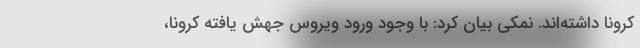
کرونا داشته‌اند. نمکی بیان کرد: با وجود ورود ویروس جهش یافته کرونا،